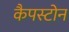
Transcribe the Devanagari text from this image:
कैपस्टोन